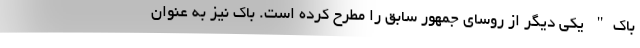
باک" یکی دیگر از روسای جمهور سابق را مطرح کرده است. باک نیز به عنوان